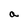
Character: a